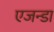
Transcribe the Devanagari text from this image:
एजन्डा